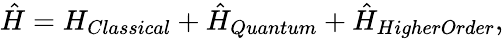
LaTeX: \hat{H}=H_{Classical}+\hat{H}_{Quantum}+\hat{H}_{HigherOrder},